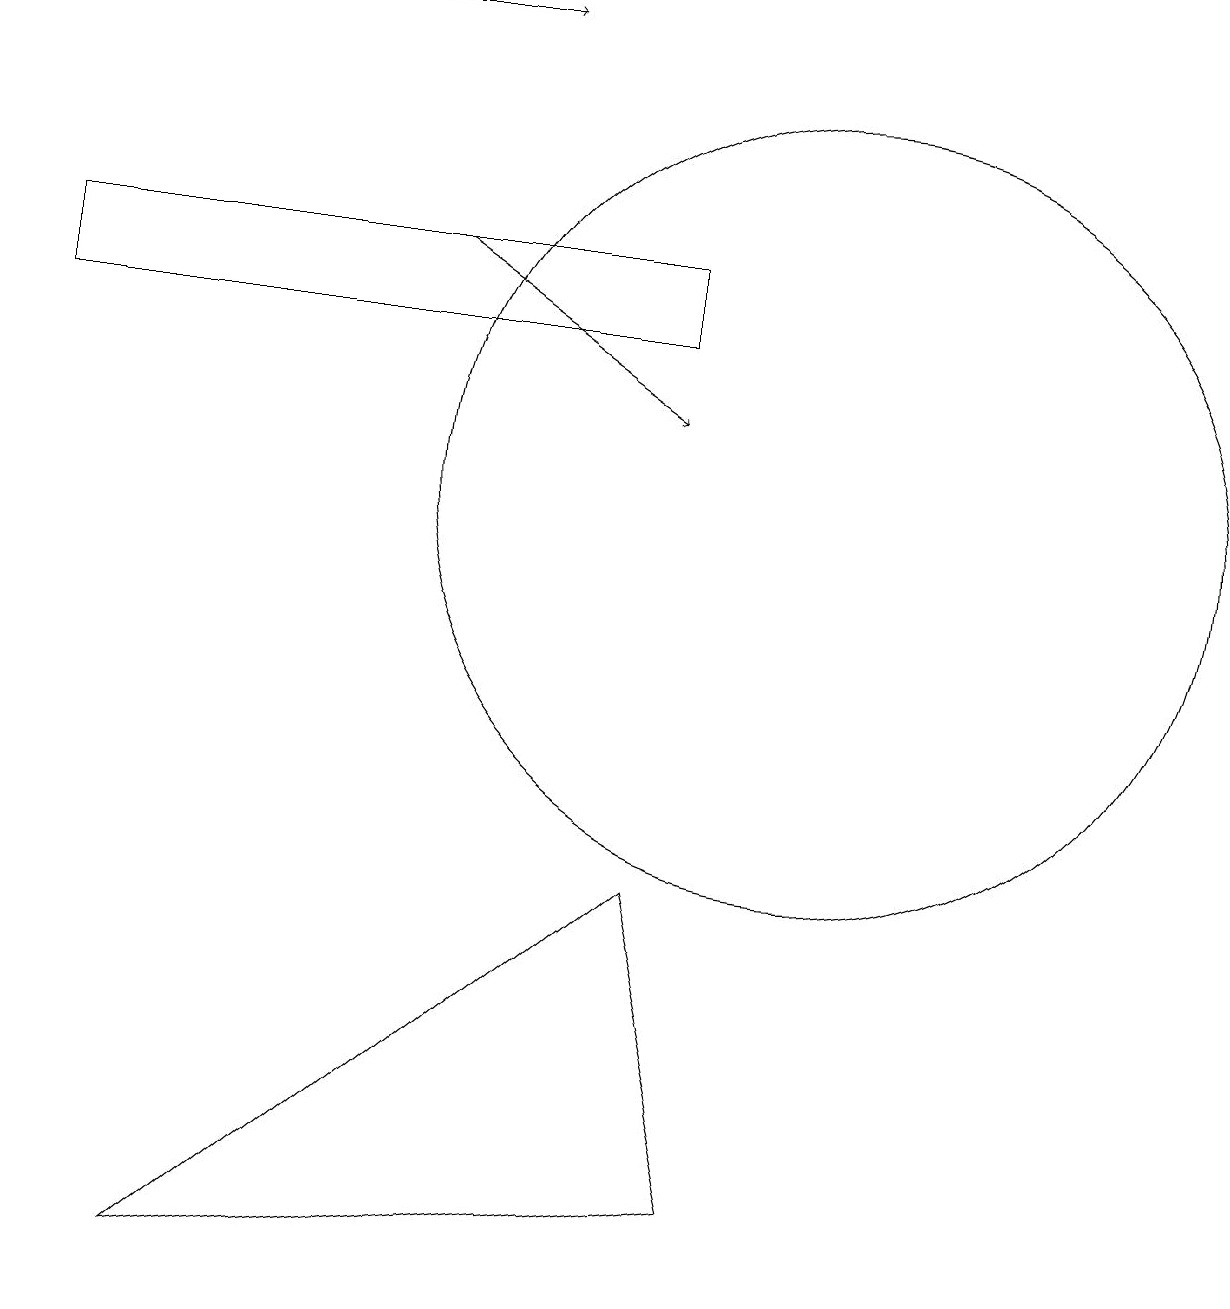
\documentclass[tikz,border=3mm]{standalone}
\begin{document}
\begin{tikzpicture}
\draw (0,12) rectangle (8,13);
\draw[->] (5,13) -- (8,11);
\draw (9,1) -- (8,5) -- (2,0) -- cycle;
\draw (10,10) circle (5);
\draw[->] (3,16) -- (6,16);
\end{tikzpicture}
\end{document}